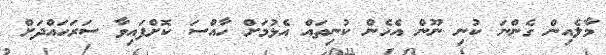
މާލެއިން ގެންނަ ކުނި ނޫން އެހެން ކުނިތައް އެޅުމަށް ހާއްސަ ކޮށްފައިވާ ސަރަހައްދަށް